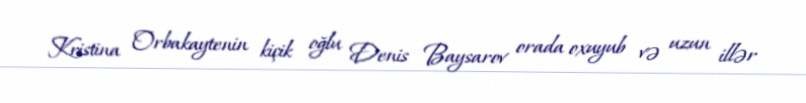
Kristina Orbakaytenin kiçik oğlu Denis Baysarov orada oxuyub və uzun illər